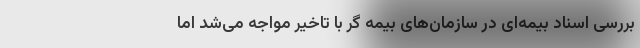
بررسی اسناد بیمه‌ای در سازمان‌های بیمه گر با تاخیر مواجه می‌شد اما